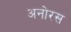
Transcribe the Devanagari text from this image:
अनोरस